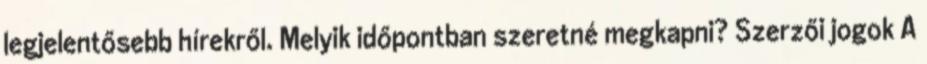
legjelentősebb hírekről. Melyik időpontban szeretné megkapni? Szerzői jogok A